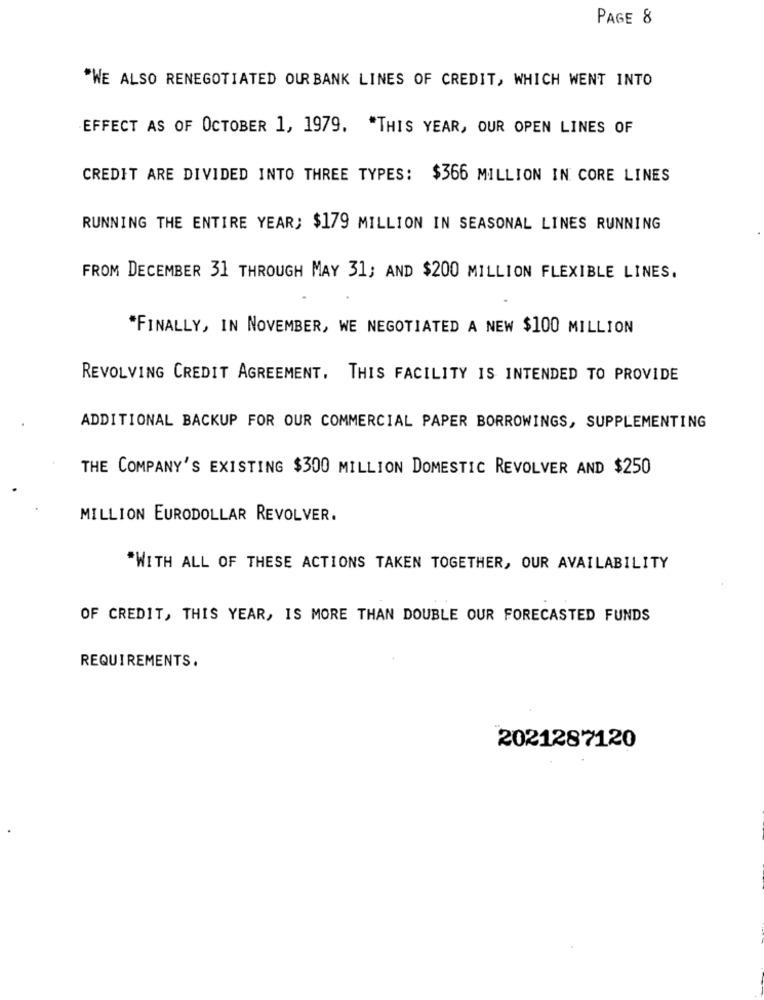
PAGE 8
"WE ALSO RENEGOTIATED OUR BANK LINES OF CREDIT, WHICH WENT INTO
EFFECT AS OF OCTOBER 1, 1979. * THIS YEAR, OUR OPEN LINES OF
CREDIT ARE DIVIDED INTO THREE TYPES: $366 MILLION IN CORE LINES
RUNNING THE ENTIRE YEAR; $179 MILLION IN SEASONAL LINES RUNNING
FROM DECEMBER 31 THROUGH MAY 31; AND $200 MILLION FLEXIBLE LINES,
*FINALLY, IN NOVEMBER, WE NEGOTIATED A NEW $100 MILLION
REVOLVING CREDIT AGREEMENT, THIS FACILITY IS INTENDED TO PROVIDE
ADDITIONAL BACKUP FOR OUR COMMERCIAL PAPER BORROWINGS, SUPPLEMENTING
THE COMPANY'S EXISTING $300 MILLION DOMESTIC REVOLVER AND $250
MILLION EURODOLLAR REVOLVER.
*WITH ALL OF THESE ACTIONS TAKEN TOGETHER, OUR AVAILABILITY
OF CREDIT, THIS YEAR, IS MORE THAN DOUBLE OUR FORECASTED FUNDS
REQUIREMENTS.
2021287120